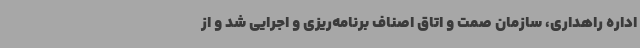
اداره راهداری، سازمان صمت و اتاق اصناف برنامه‌ریزی و اجرایی شد و از